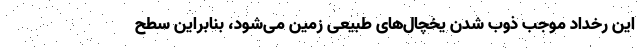
این رخداد موجب ذوب شدن یخچال‌های طبیعی زمین می‌شود، بنابراین سطح